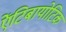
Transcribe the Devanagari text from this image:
एेंटिबायोटिक